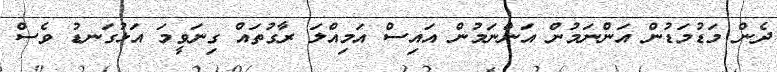
ދެން މަޑުމަޑުން އަންނަމުން އަންނަމުން އައިސް އަމިއްލަ ރާގުތައް ގިނަވީމަ އަޅުގަނޑު ވެސް